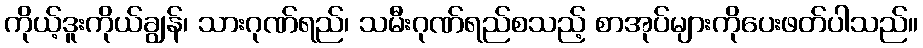
ကိုယ့်ဒူးကိုယ်ချွန်၊ သားဂုဏ်ရည်၊ သမီးဂုဏ်ရည်စသည့် စာအုပ်များကိုပေးဖတ်ပါသည်။